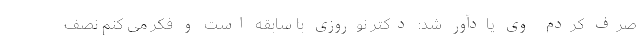
صرف کردم وی یادآور شد: دکتر نوروزی با سابقه است و فکر می کنم نصف